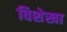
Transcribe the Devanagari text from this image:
विशेखा